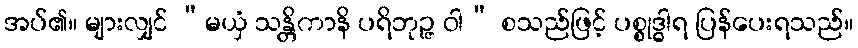
အပ်၏။ များလျှင် “မယှံ သန္တိကာနိ ပရိဘုဉ္ဇ ဝါ” စသည်ဖြင့် ပစ္စုဒ္ဓါရ ပြန်ပေးရသည်။